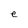
Character: e